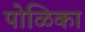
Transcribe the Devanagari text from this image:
पोळिका